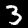
Label: 3